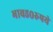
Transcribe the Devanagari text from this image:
भाव५०रुपये